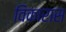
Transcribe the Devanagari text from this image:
विकारास